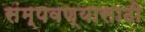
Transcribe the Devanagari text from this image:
संम्पवण्यासाठी